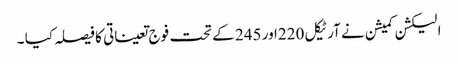
الیکشن کمیشن نے آرٹیکل 220اور 245 کے تحت فوج تعیناتی کا فیصلہ کیا ۔